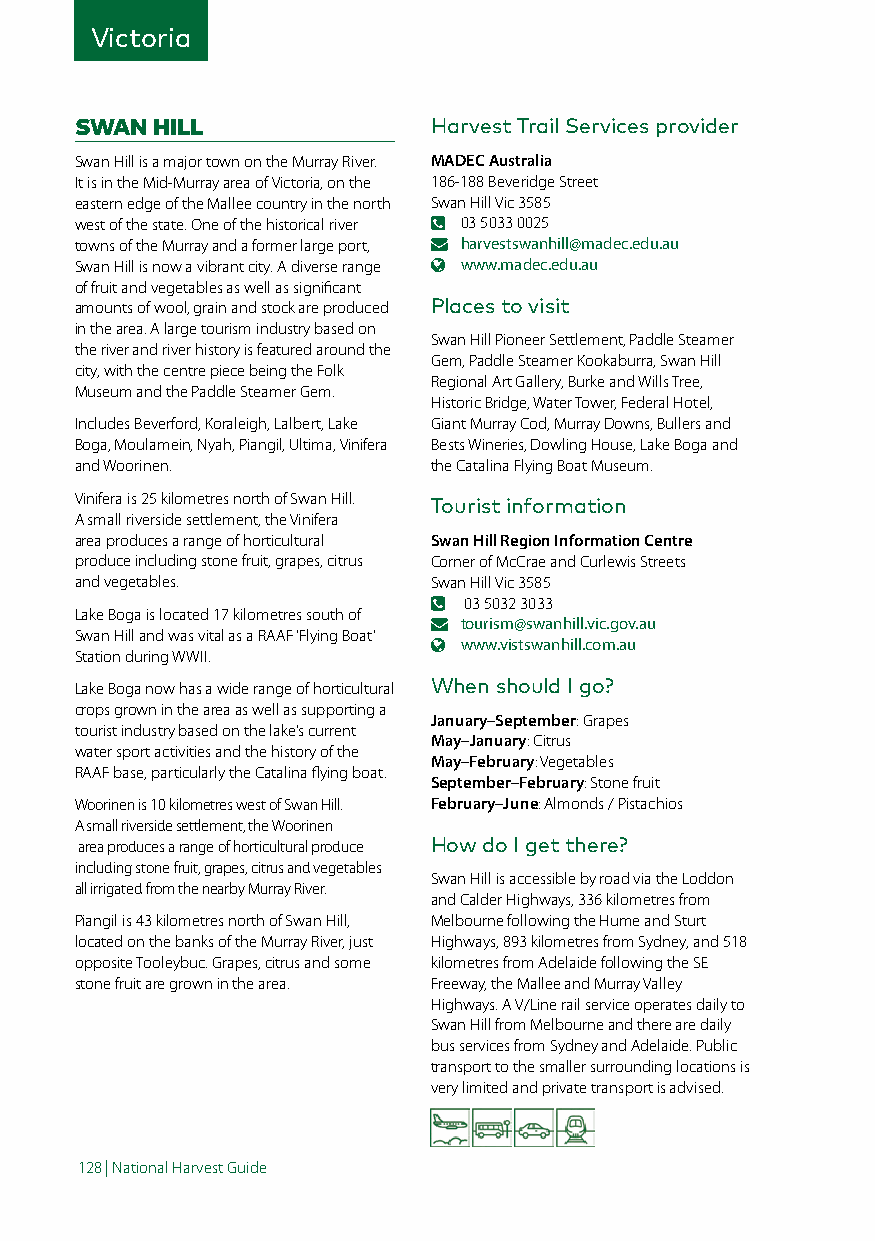
Victoria
 SWAN HILL              Harvest Trail Services provider
 Swan Hill is a major town on the Murray River. MADEC Australia
 It is in the Mid-Murray area of Victoria, on the 186-188 Beveridge Street
 eastern edge of the Mallee country in the north Swan Hill Vic 3585
 west of the state. One of the historical river 03 5033 0025
 towns of the Murray and a former large port, harvestswanhill@madec.edu.au
 Swan Hill is now a vibrant city. A diverse range www.madec.edu.au
 of fruit and vegetables as well as significant
 amounts of wool, grain and stock are produced Places to visit
 in the area. A large tourism industry based on
 Swan Hill Pioneer Settlement, Paddle Steamer
 the river and river history is featured around the
 Gem, Paddle Steamer Kookaburra, Swan Hill
 city, with the centre piece being the Folk
 Regional Art Gallery, Burke and Wills Tree,
 Museum and the Paddle Steamer Gem.
 Historic Bridge, Water Tower, Federal Hotel,
 Includes Beverford, Koraleigh, Lalbert, Lake Giant Murray Cod, Murray Downs, Bullers and
 Boga, Moulamein, Nyah, Piangil, Ultima, Vinifera Bests Wineries, Dowling House, Lake Boga and
 and Woorinen.          the Catalina Flying Boat Museum.
 Vinifera is 25 kilometres north of Swan Hill. Tourist information
 A small riverside settlement, the Vinifera
 area produces a range of horticultural Swan Hill Region Information Centre
 produce including stone fruit, grapes, citrus Corner of McCrae and Curlewis Streets
 and vegetables.        Swan Hill Vic 3585
 03 5032 3033
 Lake Boga is located 17 kilometres south of
 tourism@swanhill.vic.gov.au
 Swan Hill and was vital as a RAAF ‘Flying Boat’
 www.vistswanhill.com.au
 Station during WWII.
 Lake Boga now has a wide range of horticultural When should I go?
 crops grown in the area as well as supporting a
 January–September: Grapes
 tourist industry based on the lake’s current
 May–January: Citrus
 water sport activities and the history of the
 May–February: Vegetables
 RAAF base, particularly the Catalina flying boat.
 September–February: Stone fruit
 Woorinen is 10 kilometres west of Swan Hill. February–June: Almonds / Pistachios
 A small riverside settlement, the Woorinen
 area produces a range of horticultural produce How do I get there?
 including stone fruit, grapes, citrus and vegetables
 Swan Hill is accessible by road via the Loddon
 all irrigated from the nearby Murray River.
 and Calder Highways, 336 kilometres from
 Piangil is 43 kilometres north of Swan Hill, Melbourne following the Hume and Sturt
 located on the banks of the Murray River, just Highways, 893 kilometres from Sydney, and 518
 opposite Tooleybuc. Grapes, citrus and some kilometres from Adelaide following the SE
 stone fruit are grown in the area. Freeway, the Mallee and Murray Valley
 Highways. A V/Line rail service operates daily to
 Swan Hill from Melbourne and there are daily
 bus services from Sydney and Adelaide. Public
 transport to the smaller surrounding locations is
 very limited and private transport is advised.
 128 | National Harvest Guide